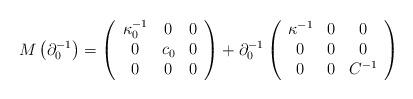
LaTeX: \begin{align*}M\left(\partial_{0}^{-1}\right)=\left(\begin{array}{ccc}\kappa_{0}^{-1} & 0 & 0\\0 & c_{0} & 0\\0 & 0 & 0\end{array}\right)+\partial_{0}^{-1}\left(\begin{array}{ccc}\kappa^{-1} & 0 & 0\\0 & 0 & 0\\0 & 0 & C^{-1}\end{array}\right)\end{align*}